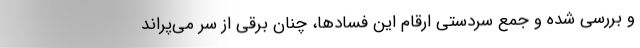
و بررسی شده و جمع سردستی ارقام‌ این فسادها، چنان برقی از سر می‌پراند